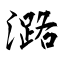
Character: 潞